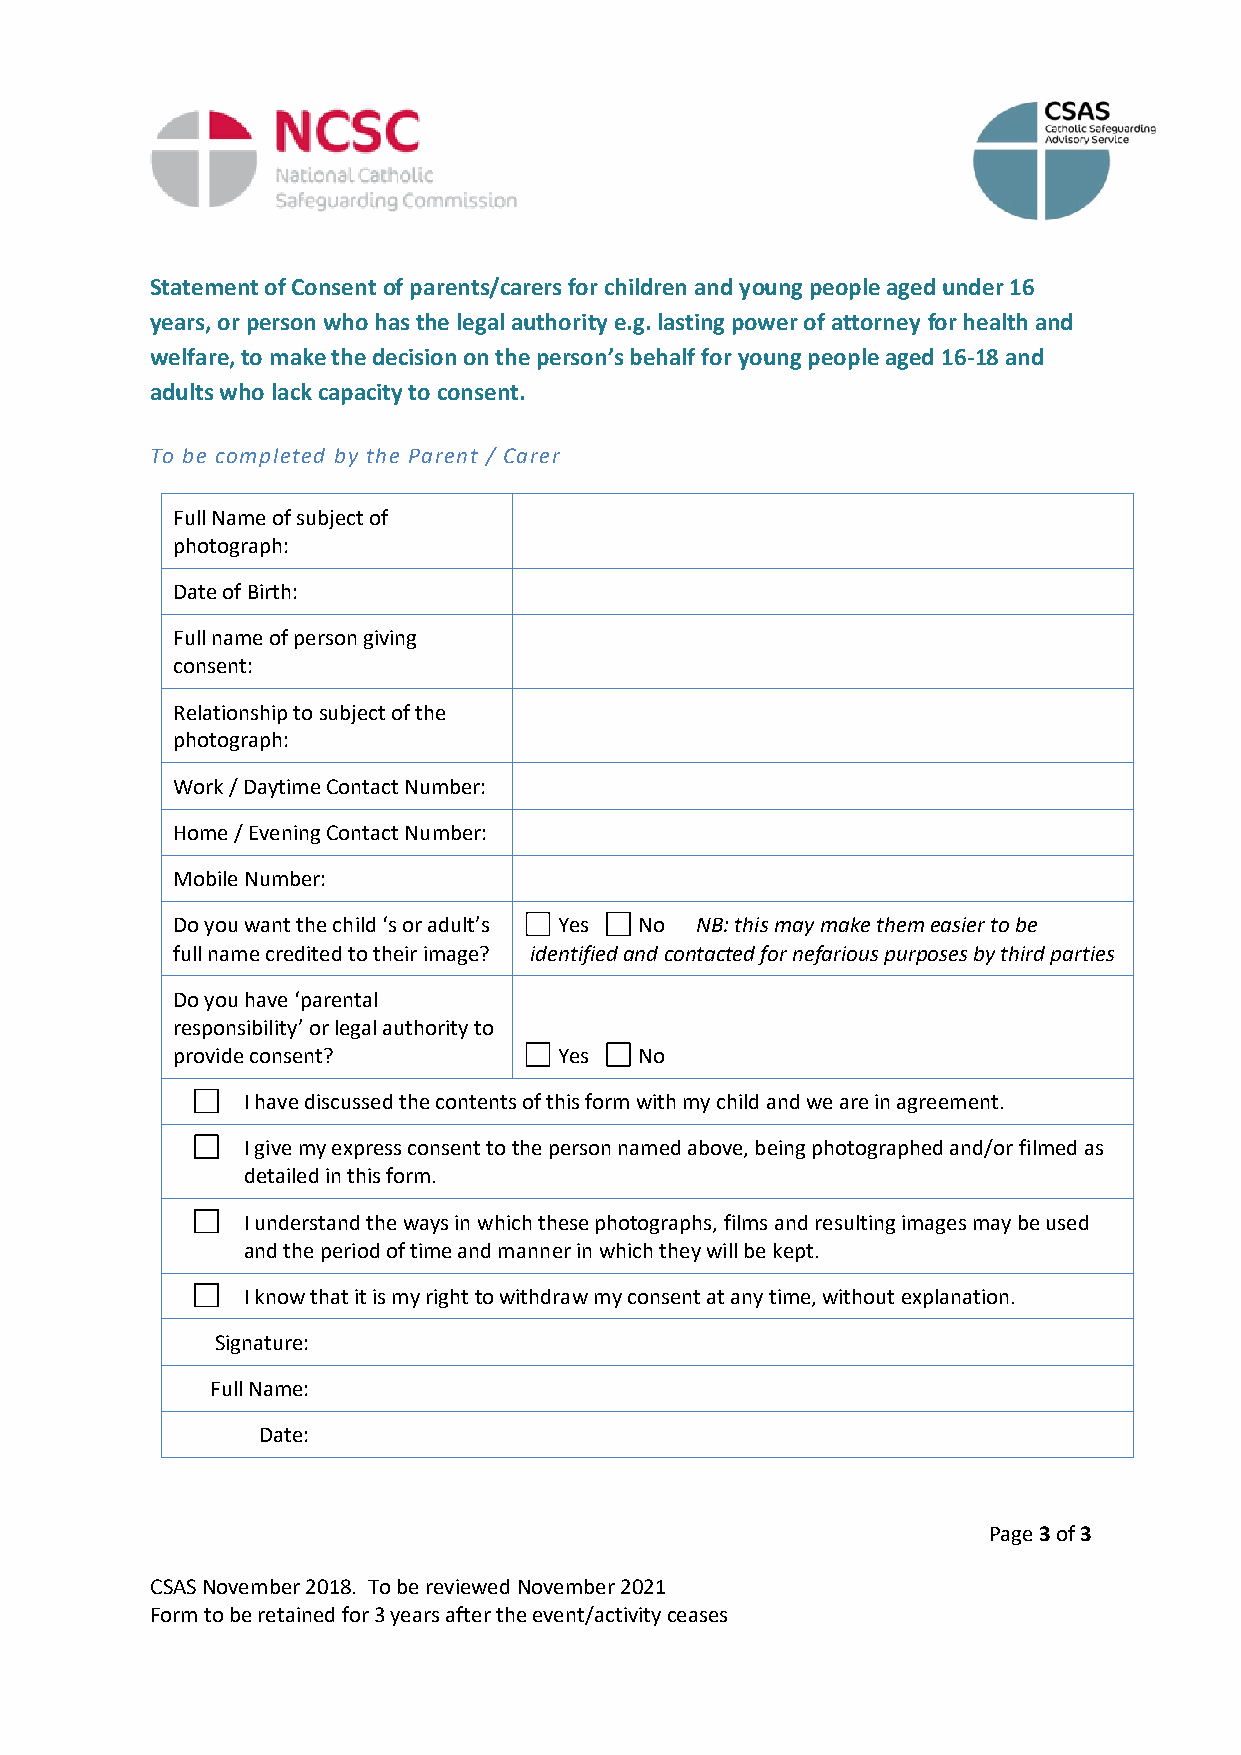
Statement of Consent of parents/carers for children and young people aged under 16
 years, or person who has the legal authority e.g. lasting power of attorney for health and
 welfare, to make the decision on the person’s behalf for young people aged 16-18 and
 adults who lack capacity to consent.
 To be completed by the Parent / Carer
 Full Name of subject of
 photograph:
 Date of Birth:
 Full name of person giving
 consent:
 Relationship to subject of the
 photograph:
 Work / Daytime Contact Number:
 Home / Evening Contact Number:
 Mobile Number:
 Do you want the child ‘s or adult’s Yes No NB: this may make them easier to be
 full name credited to their image? identified and contacted for nefarious purposes by third parties
 Do you have ‘parental
 responsibility’ or legal authority to
 provide consent?          Yes  No
 I have discussed the contents of this form with my child and we are in agreement.
 I give my express consent to the person named above, being photographed and/or filmed as
 detailed in this form.
 I understand the ways in which these photographs, films and resulting images may be used
 and the period of time and manner in which they will be kept.
 I know that it is my right to withdraw my consent at any time, without explanation.
 Signature:
 Full Name:
 Date:
 Page 3 of 3
 CSAS November 2018. To be reviewed November 2021
 Form to be retained for 3 years after the event/activity ceases